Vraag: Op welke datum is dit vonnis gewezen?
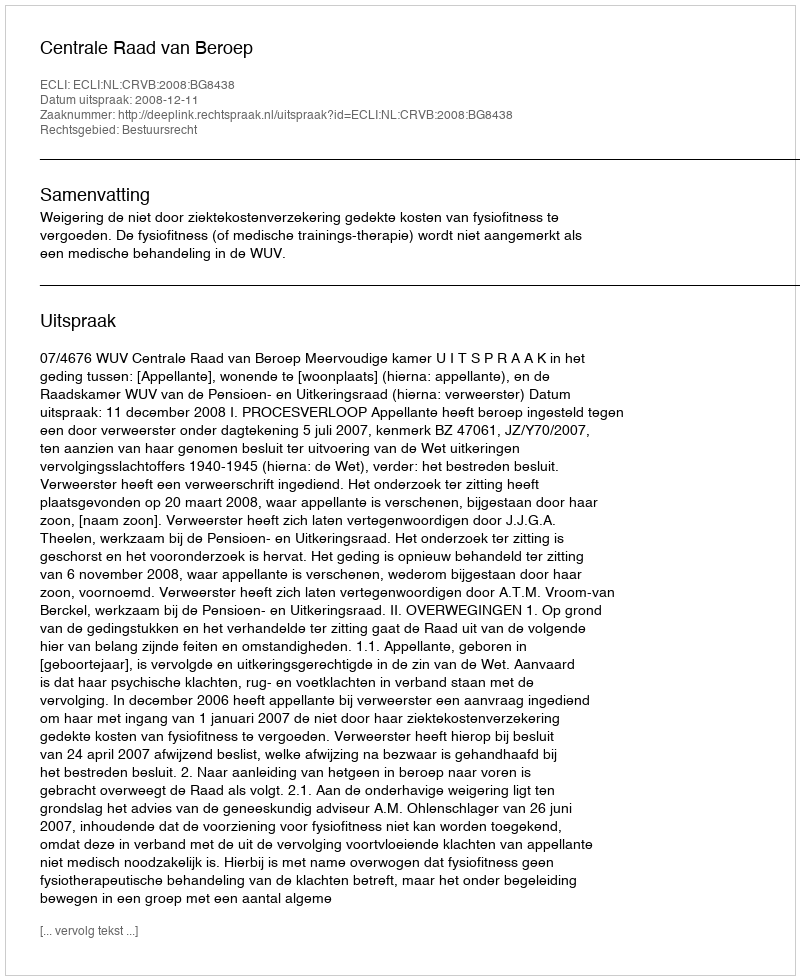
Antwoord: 2008-12-11